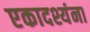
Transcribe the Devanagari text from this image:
एकादश्यंना